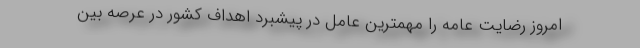
امروز رضایت عامه را مهمترین عامل در پیشبرد اهداف کشور در عرصه بین